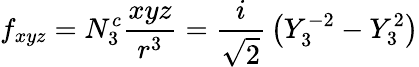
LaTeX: f_{xyz}=N_{3}^{c}{\frac{xyz}{r^{3}}}={\frac{i}{\sqrt{2}}}\left(Y_{3}^{-2}-Y_{3}^{2}\right)